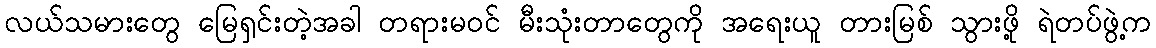
လယ်သမားတွေ မြေရှင်းတဲ့အခါ တရားမဝင် မီးသုံးတာတွေကို အရေးယူ တားမြစ် သွားဖို့ ရဲတပ်ဖွဲ့က